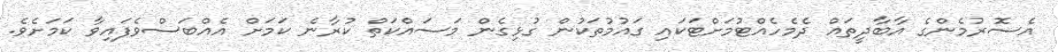
އެސޮރުމެންގެ އާބާދީތައް ދެމެހެއްޓުމަށްޓަކައި ގައުމުތަކުން ގުޅިގެން މަސައްކަތްް ކުރާނެ ކަމަށް އެއްބަސްވެފައިވާ ކަމަށެވެ.